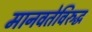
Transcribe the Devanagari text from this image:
मानवतेविरुद्ध